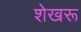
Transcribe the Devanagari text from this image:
शेखरू